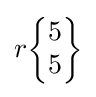
r{\begin{Bmatrix}5\\5\end{Bmatrix}}